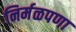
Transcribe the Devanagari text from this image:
निर्मळपणा